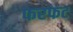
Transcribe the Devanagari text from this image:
फरफट